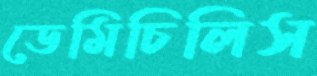
ডেমিচিলিস